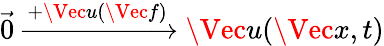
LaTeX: \vec{0}\xrightarrow{+\Vec{u}(\Vec{f})}\Vec{u}(\Vec{x},t)